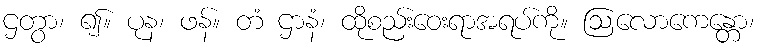
ဌတွာ၊ ၍။ ပုန၊ ဖန်။ တံ ဌာနံ၊ ထိုစည်းဝေးရာအရပ်ကို။ ဩလောကေန္တော၊